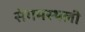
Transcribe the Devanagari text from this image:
संगमस्थली